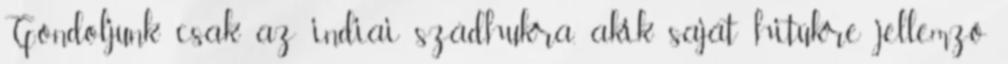
Gondoljunk csak az indiai szádhukra, akik saját hitükre jellemző